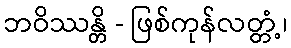
ဘဝိဿန္တိ - ဖြစ်ကုန်လတ္တံ့၊